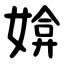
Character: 媕